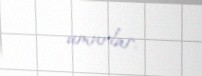
umurlar.